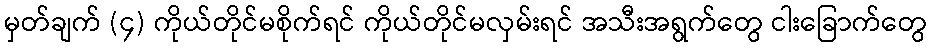
မှတ်ချက် (၄) ကိုယ်တိုင်မစိုက်ရင် ကိုယ်တိုင်မလှမ်းရင် အသီးအရွက်တွေ ငါးခြောက်တွေ